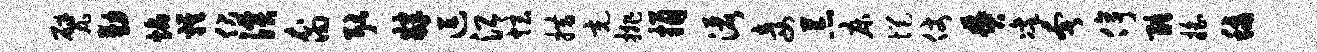
甓勤焰鸡伏溪裔耿肄逗沿炫措充排捐洒妾荒床悒仗焚凛奢停酷摇秋